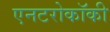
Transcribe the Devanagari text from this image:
एनटरोकॉकी